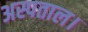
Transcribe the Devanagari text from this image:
अस्पताल।